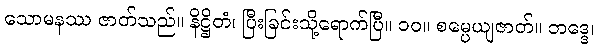
သောမနဿ ဇာတ်သည်။ နိဋ္ဌိတံ၊ ပြီးခြင်းသို့ရောက်ပြီ။ ၁၀။ စမ္ပေယျဇာတ်။ ဘဒ္ဒေ၊